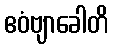
ဧဝံဗျာခေါတိ